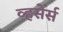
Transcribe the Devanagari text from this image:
व्हसेर्स